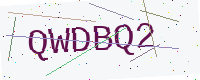
Text: QWDBQ2